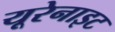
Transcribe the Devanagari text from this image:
यूरेनाइट